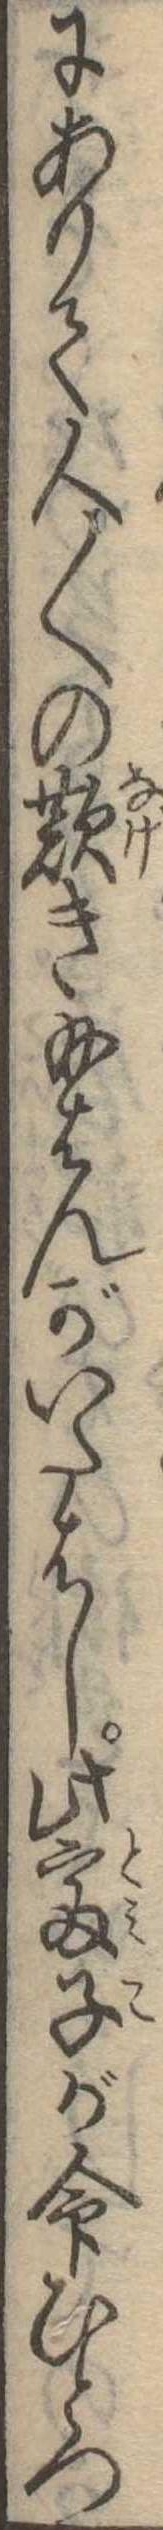
にありて人〱の歎き給はんがいたはし此富子が命ひとつ